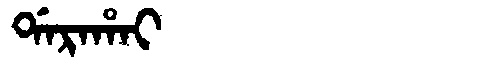
Manchu: ᡩᠠᡵᠠᡥᠠᡳ
Romanization: DARAHAI